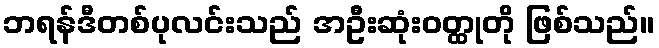
ဘရန်ဒီတစ်ပုလင်းသည် အဦးဆုံးဝတ္ထုတို ဖြစ်သည်။